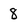
Character: 8